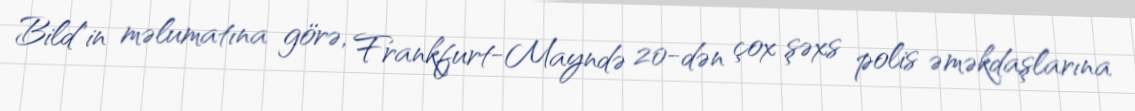
Bild"in məlumatına görə, Frankfurt-Mayndə 20-dən çox şəxs polis əməkdaşlarına